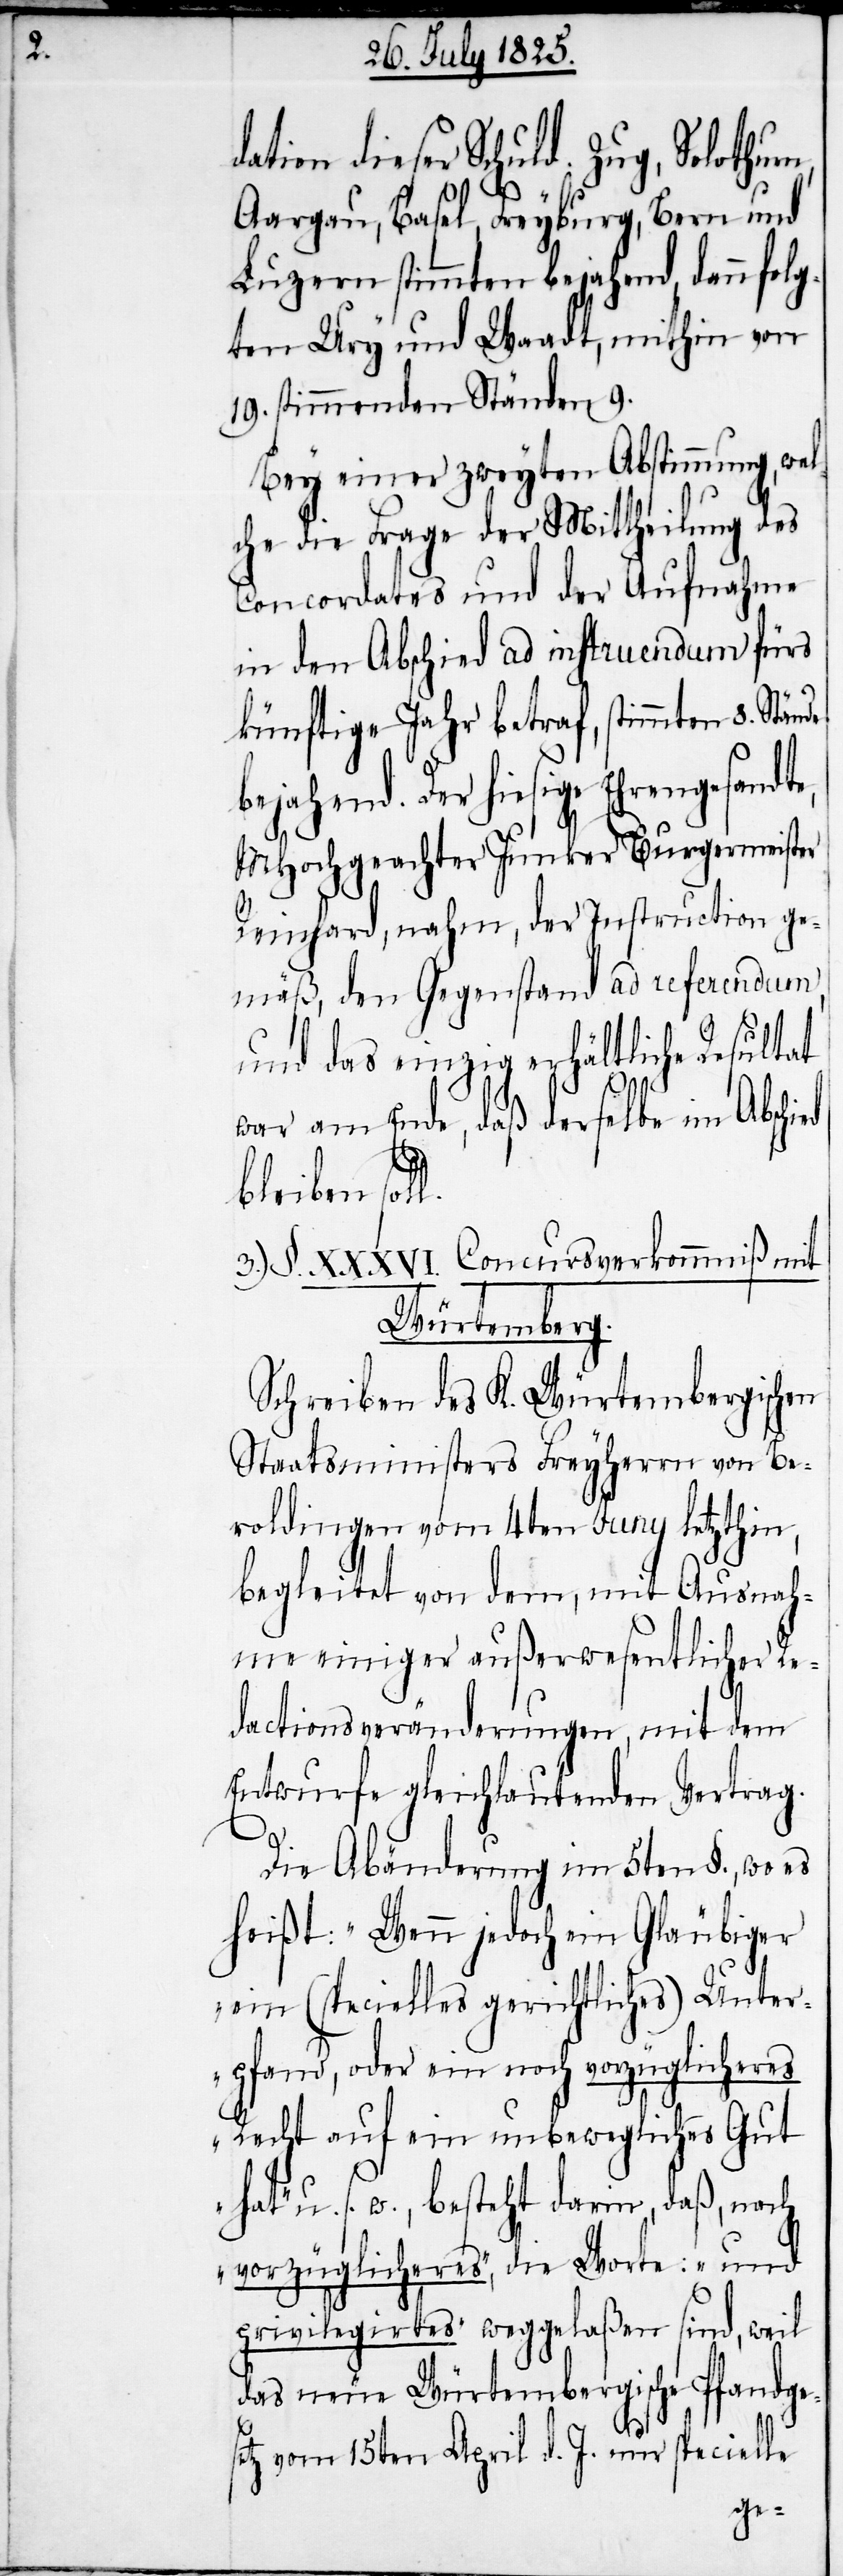
u.

dation dieser Schuld. Zug, Solothur¬
de
Aargau, Basel, Freyburg, Bern und
Luzern stimmten bejahend, dann folg¬
ten Ury und Waadt, mithin von
19. stimmenden Ständen 9.
Bey einer zweyten Abstimmung, wel¬
che die Frage der Mittheilung des
Concordates und der Aufnahme
in den Abschied ad instruendum fürs
künftige Jahr betraf, stimmten 8. Stän¬
bejahend. Der hiesige Ehrengesandte,
MHochgeachter Junker Burgermeister
Reinhard, nahm, der Instruction ge¬
mäß, den Gegenstand ad referendum,
und das einzig erhältliche Resultat
war am Ende, daß derselbe im Absch¬
bleiben soll.
3.) §. XXXVI. Concursverkommniß mit
Würtemberg.
Schreiben des K. Würtembergischen
Staatsministers Freyherrn von Be¬
roldingen vom 4ten Juny letzthin,
begleitet von dem, mit Ausnah¬
me einiger außerwesentlicher Re¬
dactionsveränderungen, mit dem
Entwurfe gleichlautenden Vertrag.
Die Abänderung im 5ten §., wo es
heißt: „Wenn jedoch ein Gläubiger
ein (specielles gerichtliches) Unter¬
pfand, oder ein noch vorzüglicheres
Recht auf ein unbewegliches Gut
s. w., besteht darin, daß, nach
„vorzüglicheres“, die Worte: „und
privilegirtes“ weggelaßen sind, weil
das neue Würtembergisches Pfandges¬
etz vom 15ten April d. J. nur specielle